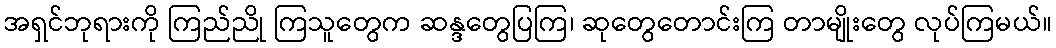
အရှင်ဘုရားကို ကြည်ညို ကြသူတွေက ဆန္ဒတွေပြကြ၊ ဆုတွေတောင်းကြ တာမျိုးတွေ လုပ်ကြမယ်။